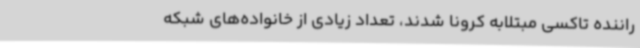
راننده تاکسی مبتلابه کرونا شدند، تعداد زیادی از خانواده‌های شبکه